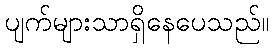
ပျက်များသာရှိနေပေသည်။